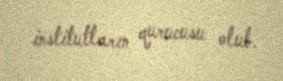
institutların qurucusu olub.